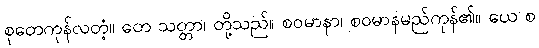
စုတေကုန်လတံ့။ တေ သတ္တာ၊ တို့သည်။ စဝမာနာ၊ စဝမာနမည်ကုန်၏။ ယေ စ